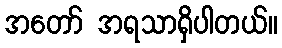
အတော် အရသာရှိပါတယ်။